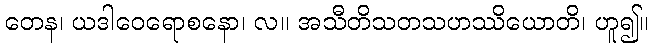
တေန၊ ယဒါဝေရောစနော၊ လ။ အသီတိသတသဟဿိယောတိ၊ ဟူ၍။